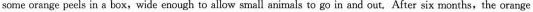
some orange peels in a box,wide enough to allow small animals to go in and out After six months,the orange